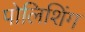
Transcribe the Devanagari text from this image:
पोलिशिंग